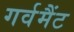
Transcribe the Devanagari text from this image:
गर्वमैंट